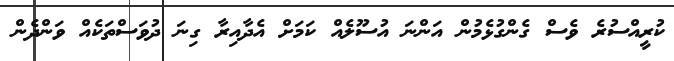
ކުރީއްސުރެ ވެސް ގެންގުޅެމުން އަންނަ އުސޫލެއް ކަމަށް އެދާއިރާ ގިނަ ދުވަސްތަކެއް ވަންދެން